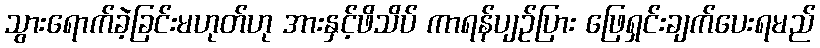
သွားရောက်ခဲ့ခြင်းမဟုတ်ဟု အားနှင့်ဖိသိပ် ကာရန်ပျဉ်ပြား ဖြေရှင်းချက်ပေးရမည်